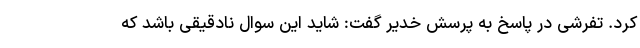
کرد. تفرشی در پاسخ به پرسش خدیر گفت: شاید این سوال نادقیقی باشد که